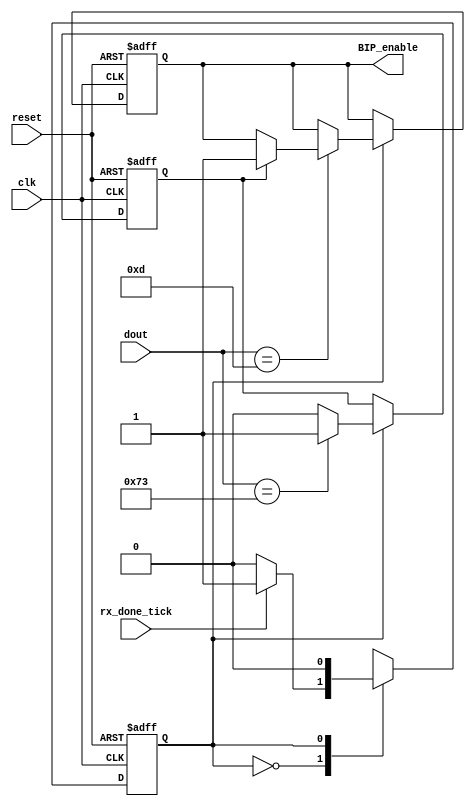
`timescale 1ns / 1ps

module Rx_interface
	#(
	   parameter DBIT = 8			// # data bits
    )
	(
	   input wire clk, reset, rx_done_tick,
	   input wire [7:0] dout,
	   output wire BIP_enable
	);
	
	// symbolic state declaration
	localparam
	idle_rx = 1'b0,
	receive = 1'b1;
	
	// signal declaration
	reg state_reg;
	reg [15:0] aux, aux_Count; // solo usa 6 bits, da un warning si le ponemos 8 bits
	reg is_s, aux_BIP;
	
	// body
	// FSMD next-state logic
	always @(posedge clk , posedge reset)
	begin
        if (reset)
            begin
                state_reg <= idle_rx;
                is_s <= 0;;
                aux_BIP <= 0;
            end
        else
            begin
                case (state_reg)
                    idle_rx :
                        if (rx_done_tick) state_reg = receive;
                    receive :
                      begin
                        state_reg = idle_rx;
                        case (dout)
                            115:    is_s <= 1; // 115: 's' en ascii (second operand)
                            13:            // 13: 'Enter' en ascii (operation)  
                                begin
                                    if (is_s) 
                                        begin
                                            aux_BIP <= 1;
                                            is_s <= 0;
                                        end
                                end
                            default: is_s <= 0; // Seteo en 0 el is_s
                        endcase //endcase (dout)
                      end //end recive
		        endcase //end case (state_reg)
		    end //end else
	end //end always

	// output
	assign BIP_enable = aux_BIP;
	
endmodule